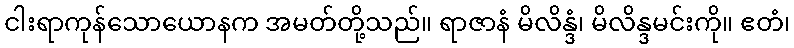
ငါးရာကုန်သောယောနက အမတ်တို့သည်။ ရာဇာနံ မိလိန္ဒံ၊ မိလိန္ဒမင်းကို။ ဧတံ၊